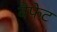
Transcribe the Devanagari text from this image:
बैफेट